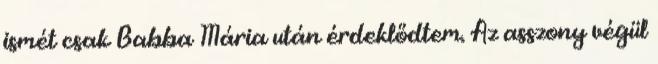
ismét csak Babba Mária után érdeklődtem. Az asszony végül